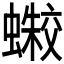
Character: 𰳛